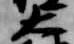
大